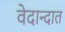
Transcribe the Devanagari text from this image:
वेदान्दात